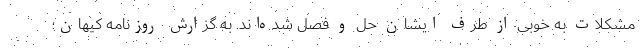
مشکلات به خوبی از طرف ایشان حل و فصل شده‌اند. به گزارش روزنامه کیهان؛